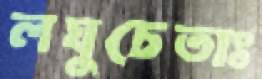
লঘুচেতাঃ